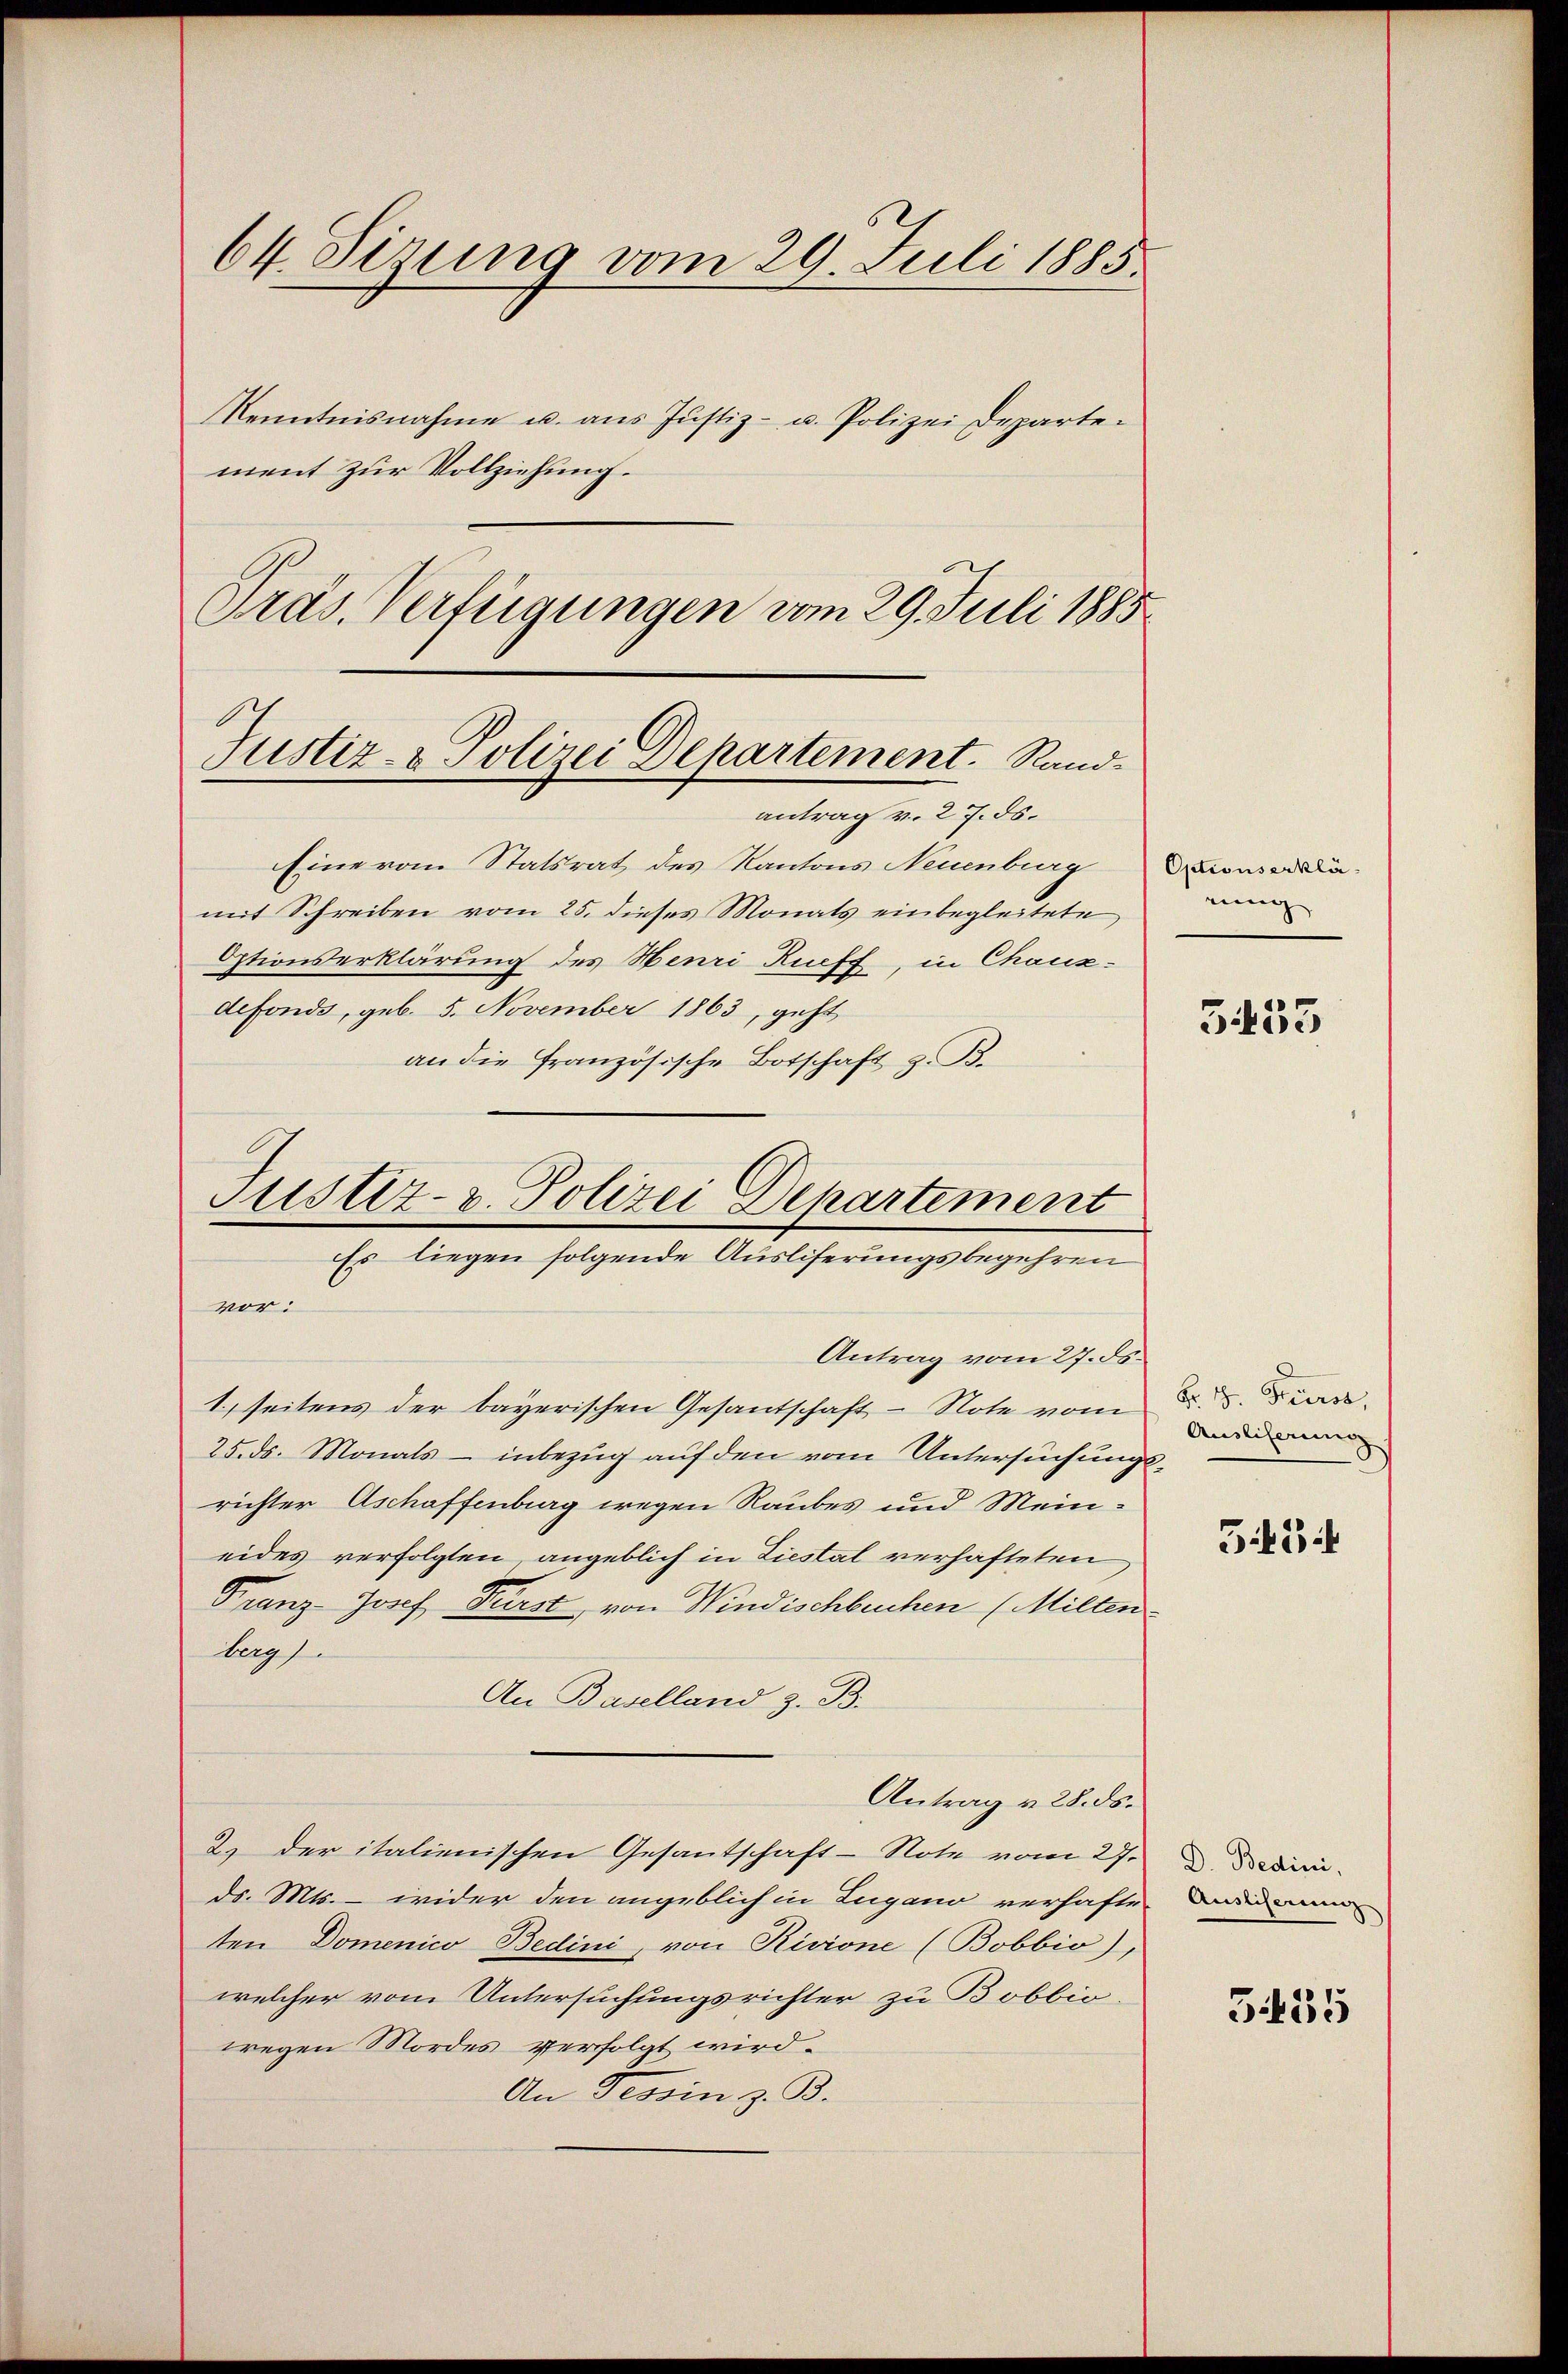
64. Sizung vom 29. Juli 1885.
Kenntnisnahme u. aus Justiz- u. Polizei Departement zur Vollziehung.

Präs. Verfügungen vom 29. Juli 1885
Justiz- & Polizei Departement. Rand
antrag v. 27. ds.

Justiz- u. Polizei Departement
Es liegen folgende Ausliferungsbegehren

Eine vom Statsrat des Kantons Neuenburg Dionsrämit Schreiben vom 25. dieses Monats einbegleitete
Optionserklärung des Henri Rueff, in Chaux-
defonds, geb. 5. November 1863, geht
an die französische Botschaft z. B.
vor:
Antrag vom 27. ds.
1 seitens der bayerischen Gesantschaft - Note vom
25. ds. Monats - inbezug auf den vom Untersuchungsrichter Aschaffenburg wegen Raubes und Meineides verfolgten, angeblich in Liestal verhafteten
Franz-Josef Fürst von Windischbeuchen (Milten
bg
An Baselland z. B.
Antrag v. 28. ds.
2.) Der italienischen Gesantschaft-Note vom 27.
ds. Mts. – wider den angeblich in Zugano verhafte
ten Domenico Bedini, von Rivione (Bobbio),
welcher vom Untersuchungsrichter zu Bobbio.
wegen Mordes verfolgt wird.
An Tessin z. B.

ring

353

Fr. 1. Stiers,
Ausliferung

5.434

D. Bedini,
Ausliserung

3435